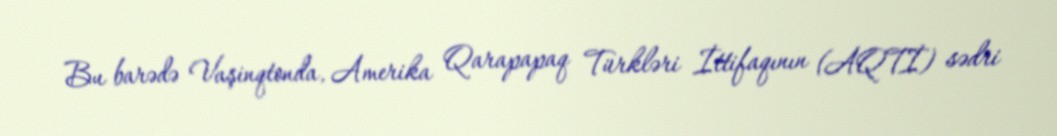
Bu barədə Vaşinqtonda, Amerika Qarapapaq Türkləri İttifaqının (AQTİ) sədri